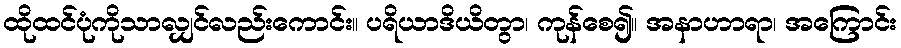
ထိုထင်ပုံကိုသာလျှင်လည်းကောင်း။ ပရိယာဒိယိတွာ၊ ကုန်စေ၍။ အနာဟာရာ၊ အကြောင်း